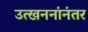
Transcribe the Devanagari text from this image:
उत्खननांनंतर